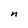
Character: n